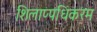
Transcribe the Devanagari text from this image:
शिलाप्पधिकरम